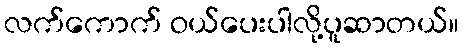
လက်ကောက် ဝယ်ပေးပါလို့ပူဆာတယ်။